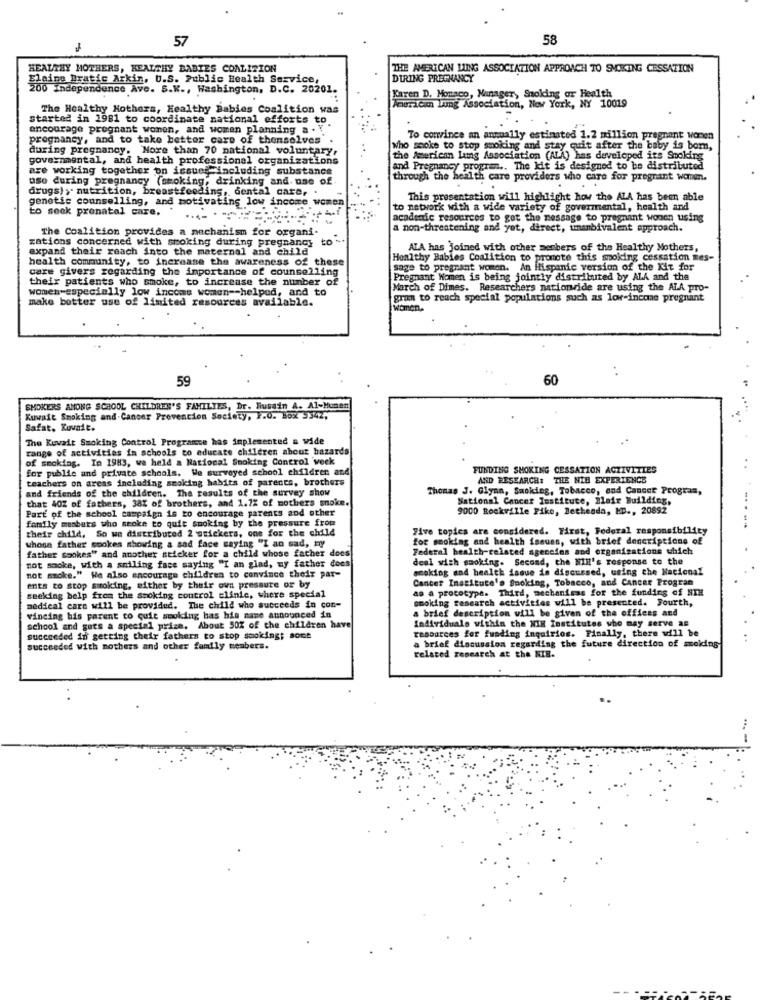
57
58
HEALTHY MOTHERS, HEALTHY BABIES COALITION
THE AMERICAN LUNG ASSOCIATION APPROACH TO SMOKING CESSATION
Blaine Bratic Arkin, U.S. Public Health Service,
DURING PREGNANCY
Independence Ave. S.K ., Washington, D.C. 20201.
Karen D. Monaco, Manager, Smoking or Health
The Healthy Hothers, Healthy Babies Coalition was
Imuricm Lung Association, New York, NY 10019
started in 1981 to coordinate national efforts to
encourage pregnant women, and women planning a .
pregnancy, and to take better care of themselves
To convince an annually estimated 1.2 million pregnant women
during pregnancy. More than 70 national voluntary,
Who smoke to stop smoking and stay quit after the baby is born,
governmental, and health professional organizations
the American Lamg Association (ALA) has developed its Smoking
are working together on issues including substance
and Pregnancy pro
The kit is designed to be distributed
use during pregnancy (smoking, drinking and use of
through the health care providers who care for pregnant women.
drugs), nutrition, breastfeeding, dental care,
genetic counselling, and motivating low income wow
This presentation will highlight how the ALA has been able
to seek prenatal care,
to network with a wide variety of govermental, health and
academic resources to get the message to pregnant women using
The Coalition provides a mechanism for organi-
a non-threatening and yet, direct, unambivalent approach.
zations concerned with smoking during pregnancy
to
expand their reach into the maternal and child
ATA has Joined with other members of the Healthy Mothers,
health community, to increase the awareness of these
Healthy Babies Coalition to promote this smoking cessation mes-
care givers regarding the importance of counselling
sage to pregnant women. An ilispanie version of the Kit for
their patients who smoke, to increase the number of
Pregnant Women is being jointly distributed by ALA and the
women-especially low income women -- helped, and to
March of Dimes. Researchers nationwide are using the ALA pro-
make botter use of limited resources available.
gram to reach special populations such as lor-incone pregnant
women.
59
60
SMOKERS AMONG SCHOOL CHILDREN'S FAMILIES, Dr. Mussin A. Al-Munen
Kuwait Smoking and Cancer Prevention Society, F.O. Box 5342,
Safat, Kuvait.
The Kuwait Smoking Control Programce has implemented a wide
range of activities in schools to educate children about hazards
of smoking. In 1983, wa held a National Smoking Control week
for public and private schools. We surveyed school children and
FUNDING SMOKING CESSATION ACTIVITIES
teachers on areas including smoking habits of parents, brothers
AND RESEARCH: THE NIB EXPERIENCE
and friends of the children. The results of the survey show
Thomas J. Glynn, Smoking, Tobacco, and Cancer Program,
that 40% of fathers, 38% of brothers, and 1.7% of mothers snoke.
National Cancer Institute, Blair Building,
Part of the school campaign is to encourage parents and other
9000 Rockville Piko, Bethesda, ED ., 20892
family members who seoke to quit Smoking by the pressure from
their child, So we distributed 2 stickers, one for the child
Five topics are considered. First, Federal responsibility
whose father spokes showing a sad face saying "I an sad, my
for smoking and health issues, with brief descriptions of
father sookes" and another sticker for a child whose father does
Federal health-related agencies and organisations which
not smoke, with a smiling face saying "I an glad, my father does
deal with smoking. Second, the NIH's response to the
smoking and health issue is discussed, using the Nacional
not smoke." We also encourage children to convince their par-
Cancer Institute's Smoking, Tobacco, and Cancer Program
ents to stop smoking, either by their own pressure or by
as a prototype. Third, mechanisms for the funding of NIH
seeking belp from the smoking control clinic, where special
smoking research activities will be presented. Fourth,
vincing his parent to quit smoking has his name announced in
medical care will be provided. The child who succeeds in con-
a brief description will be given of the offices and
Individuale within the NIK Institutes who may serve as
school and gets a special prize. About 50% of the children have
resources for funding inquirios. Finally, there will be
succeeded in getting their fathers to stop smoking; some
. .
succeeded with mothers and other family members.
a brief discussion regarding the future direction of moking
related research at the NIE.